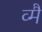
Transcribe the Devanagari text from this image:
व्मैं